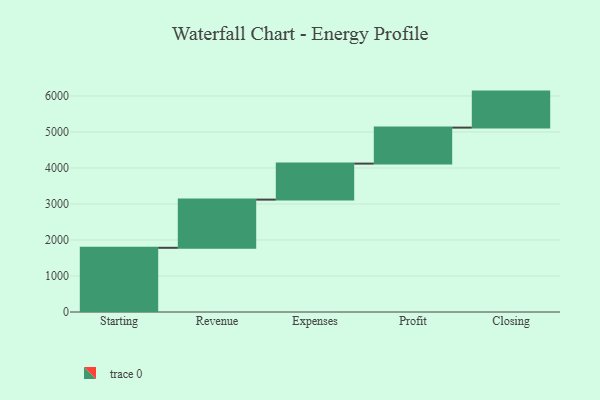
{"axis": {"x": "Step", "y": "Value"}, "legend": [""], "data": [{"x": "Starting", "y": 1783.0, "type": ""}, {"x": "Revenue", "y": 1338.0, "type": ""}, {"x": "Expenses", "y": 1000, "type": ""}, {"x": "Profit", "y": 1000, "type": ""}, {"x": "Closing", "y": 1000, "type": ""}]}